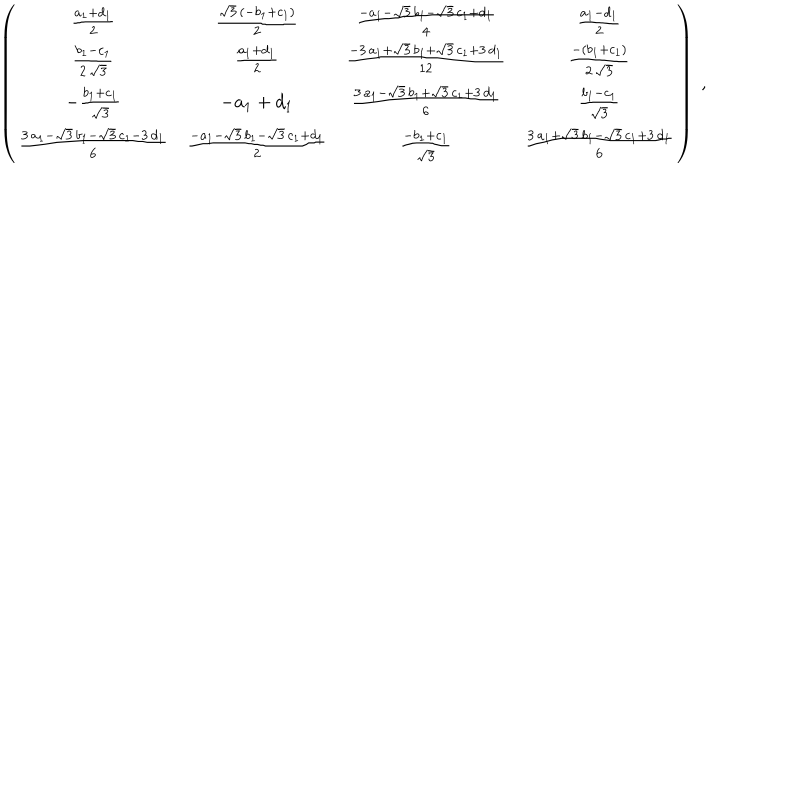
\left( \begin{matrix} { { { \frac { { a _ { 1 } } + { d _ { 1 } } } { 2 } } } } & { { { \frac { { \sqrt { 3 } } \, \left( - { b _ { 1 } } + { c _ { 1 } } \right) } { 2 } } } } & { { { \frac { - { a _ { 1 } } - { \sqrt { 3 } } \, { b _ { 1 } } - { \sqrt { 3 } } \, { c _ { 1 } } + { d _ { 1 } } } { 4 } } } } & { { { \frac { { a _ { 1 } } - { d _ { 1 } } } { 2 } } } } \\ { { { \frac { { b _ { 1 } } - { c _ { 1 } } } { 2 \, { \sqrt { 3 } } } } } } & { { { \frac { { a _ { 1 } } + { d _ { 1 } } } { 2 } } } } & { { { \frac { - 3 \, { a _ { 1 } } + { \sqrt { 3 } } \, { b _ { 1 } } + { \sqrt { 3 } } \, { c _ { 1 } } + 3 \, { d _ { 1 } } } { 1 2 } } } } & { { { \frac { - \left( { b _ { 1 } } + { c _ { 1 } } \right) } { 2 \, { \sqrt { 3 } } } } } } \\ { { - { \frac { { b _ { 1 } } + { c _ { 1 } } } { { \sqrt { 3 } } } } } } & { { - { a _ { 1 } } + { d _ { 1 } } } } & { { { \frac { 3 \, { a _ { 1 } } - { \sqrt { 3 } } \, { b _ { 1 } } + { \sqrt { 3 } } \, { c _ { 1 } } + 3 \, { d _ { 1 } } } { 6 } } } } & { { { \frac { { b _ { 1 } } - { c _ { 1 } } } { { \sqrt { 3 } } } } } } \\ { { { \frac { 3 \, { a _ { 1 } } - { \sqrt { 3 } } \, { b _ { 1 } } - { \sqrt { 3 } } \, { c _ { 1 } } - 3 \, { d _ { 1 } } } { 6 } } } } & { { { \frac { - { a _ { 1 } } - { \sqrt { 3 } } \, { b _ { 1 } } - { \sqrt { 3 } } \, { c _ { 1 } } + { d _ { 1 } } } { 2 } } } } & { { { \frac { - { b _ { 1 } } + { c _ { 1 } } } { { \sqrt { 3 } } } } } } & { { { \frac { 3 \, { a _ { 1 } } + { \sqrt { 3 } } \, { b _ { 1 } } - { \sqrt { 3 } } \, { c _ { 1 } } + 3 \, { d _ { 1 } } } { 6 } } } } \\ \end{matrix} \right) ~ ,